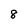
Character: 8